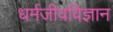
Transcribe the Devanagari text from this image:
धर्मजीवविज्ञान